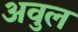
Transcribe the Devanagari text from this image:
अवुल